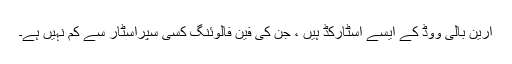
آرین بالی ووڈ کے ایسے اسٹارکڈ ہیں ، جن کی فین فالوئنگ کسی سپراسٹار سے کم نہیں ہے۔